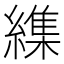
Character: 䌖